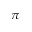
\pi